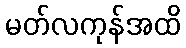
မတ်လကုန်အထိ